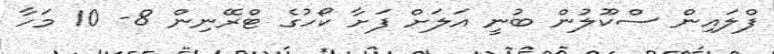
ފްލައިން ސްކޫލުން ބުނީ އަލަށް ފަށާ ކޯހުގެ ޓްރޭނިން 8- 10 މަހާ